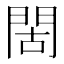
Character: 𫔜